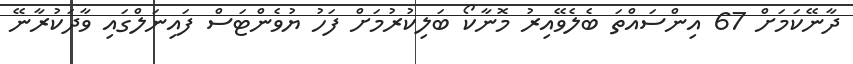
ދާނޭކަމަށް 67 އިންސައްތަ ބެލެވޭއިރު މޮނާކޯ ބަލިކުރުމަށް ފަހު ޔުވެންޓަސް ފައިނަލްގައި ވާދަކުރާނޭ